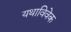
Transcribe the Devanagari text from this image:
यथाविवेक